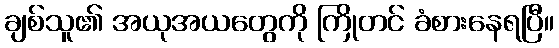
ချစ်သူ၏ အယုအယတွေကို ကြိုတင် ခံစားနေရပြီ။